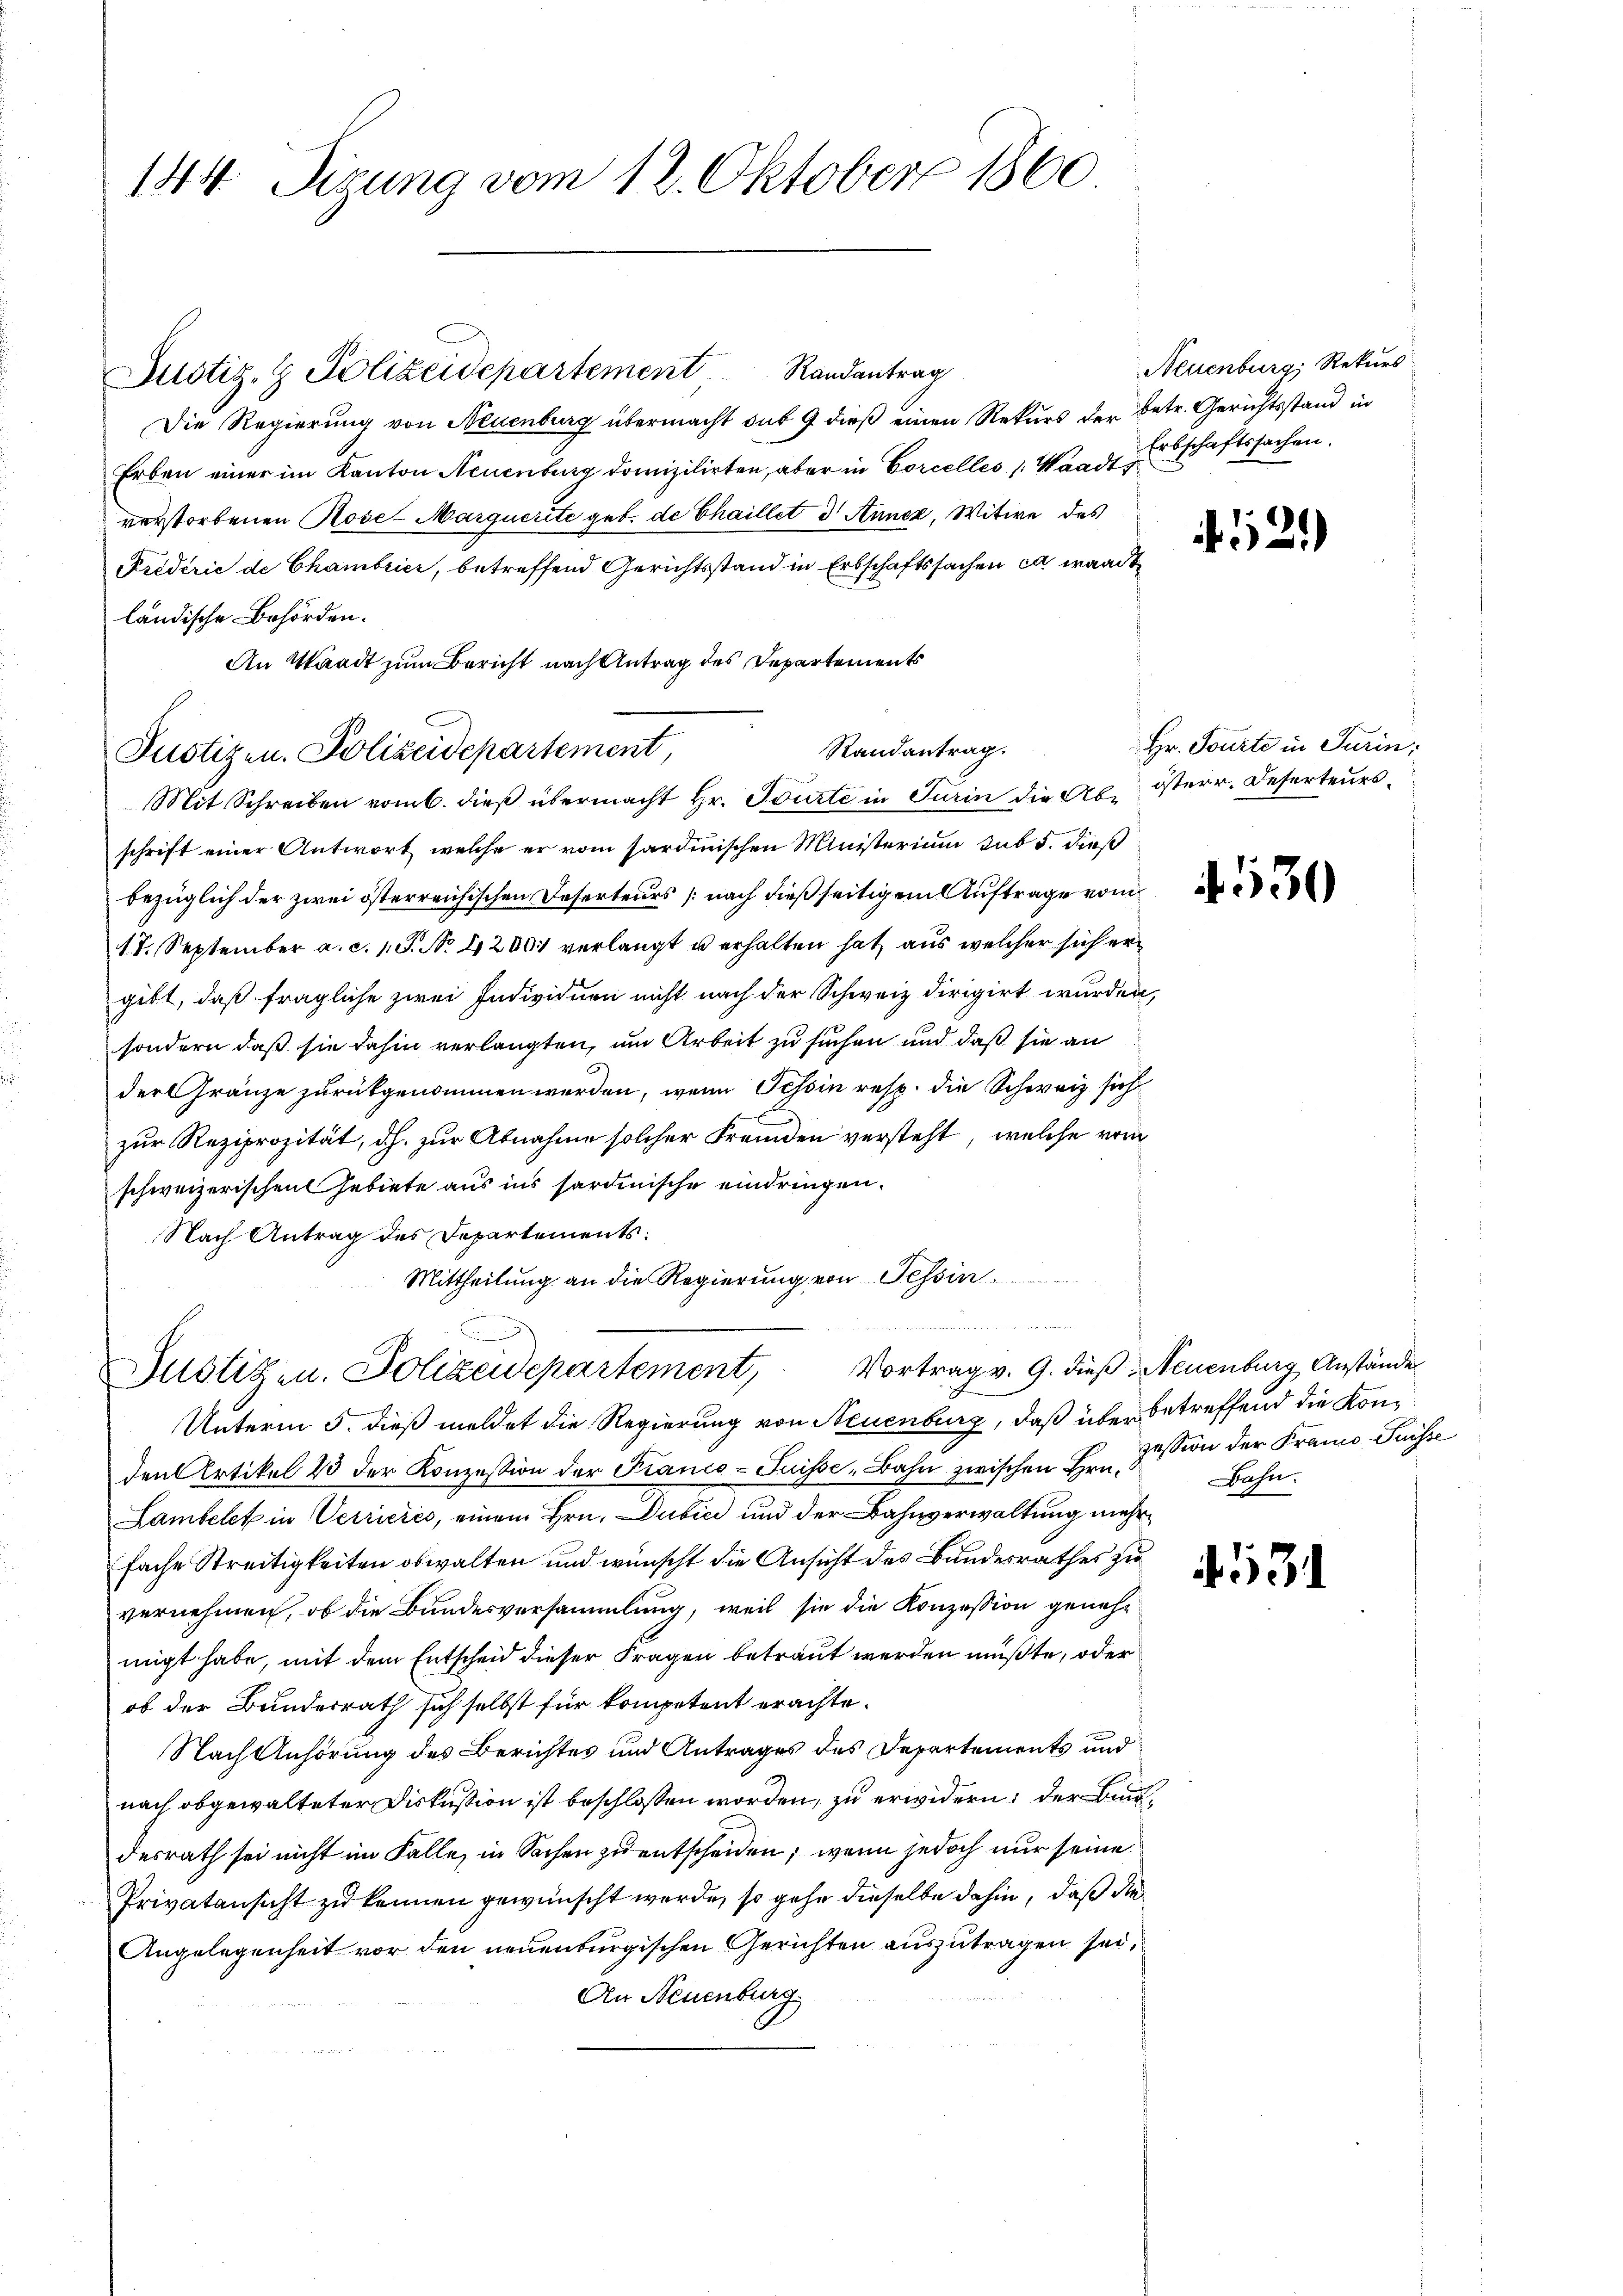
144. Sigung vom 12. Oktober 1860

Justiz- & Polizeidepartement Randantrag
Die Regierung von Neuenburg übermacht sub 9 dieß einen Rekurs der betr. Gerichtsstand in
Erben einer im Kanton Neuenburg domizilirten, aber in Corcelles Waadt,
verstorbenen Rose-Marquerite geb. de Chaillet 3 Annez, Witwe des
Friderie de Chambrici, betreffend Gerichtsstand in Erbschaftssachen es waadt
ländische Behörden.
An Waadt zum Bericht nach Antrag des Departements
schrift einer Antwort, welche er vom sardinischen Ministerium sub 5. dieß
bezüglich der zwei österreichischen Deserteurs nach dießseitigem Auftrage vom
17. September a. c. 1 S. No 1200 verlangt u erhalten hat, aus welcher sich ergibt, daß fragliche zwei Individuen nicht nach der Schweiz dirigirt wurden,
sondern daß sie dahin verlangten, um Arbeit zu suchen und daß sie an
der Gränze zurückgenommen werden, wenn Tessin resp. die Schweiz sich
zur Reziprozität, dh. zur Abnahme solcher Fremden versteht, welche vom
schweizerischen Gebiete aus ins sardinische eindringen.
Nach Antrag des Departements:
Mittheilung an die Regierung von Tessin
d der den die
Justizen. Polizeidepartement, Vortrag v. 9. dieß, Neuenburg Anstände
Unterm 5. dieß meldet die Regierung von Neuenburg, daß über betreffend die Konden Artikel 23 der Konzession der Franco- Puisse Bahn zwischen Hr. Zession der Franco- Puisse
Lambelet in Verrieres, einem Hrn. Dubici und der Bahnverwaltung mehr
fache Streitigkeiten obwalten und wünscht die Ansicht des Bundesrathes zu
vernehmen, ob die Bundesversammlung, weil sie die Konzession genehmigt habe, mit dem Entscheid dieser Fragen betraut werden müßte, oder
ob der Bundesrath sich selbst für kompetent erachte¬
Nach Anhörung des Berichtes und Antrages des Departements und
nach obgewalteter Diskussion ist beschlossen worden, zu erwidern; der Bund
desrath sei nicht im Falle, in Sachen zu entscheiden; wenn jedoch nur seine
Privatansicht zu kennen gewünscht werde, so gehe dieselbe dahin, daß die
Angelegenheit vor den neuenburgischen Gerichten auszutragen sei,
An Neuenburg

Justizen. Polizeidepartement,

Randantrag.
Mit Schreiben vom 6. dieß übermacht Hr. Tourte in Turin die As österr. Deserteurs¬

Neuenburg, Rekurs
Erbschaftssachen.

4521)

Hr. Tourte in Turin,

530

Bahn.

4531